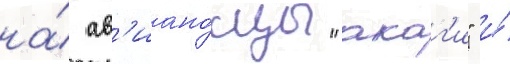
на́ ав'иано́сцы "акаг'и" и́